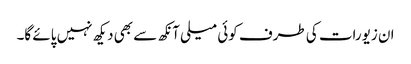
ان زیورات کی طرف کوئی میلی آنکھ سے بھی دیکھ نہیں پائے گا۔